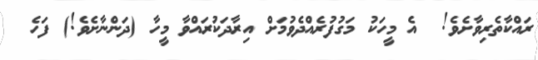
ރައްކާތެރިވާށެވެ!  އެ މީހަކު މަގުފުރެއްދެވުމަށް އިރާދަކުރައްވާ މީހާ (ދަންނާށެވެ!) ފަހެ